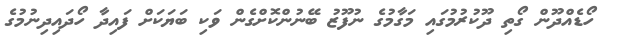
ހޯޑެއްދޫން ގޯތި ދޫކުރުމުގައި މަގާމުގެ ނުފޫޒު ބޭނުންކޮށްގެން ވަކި ބަޔަކަށް ފައިދާ ހޯދައިދިނުމުގެ